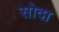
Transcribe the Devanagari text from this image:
सोदा